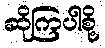
ဆိုကြပါစို့